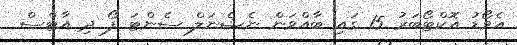
އެވޯޑު އޮކްޓޯބަރު 15 ގައި ބާއްވަން ނެޝެނަލް ސެންޓަ ފޯ ދި އާޓްސް